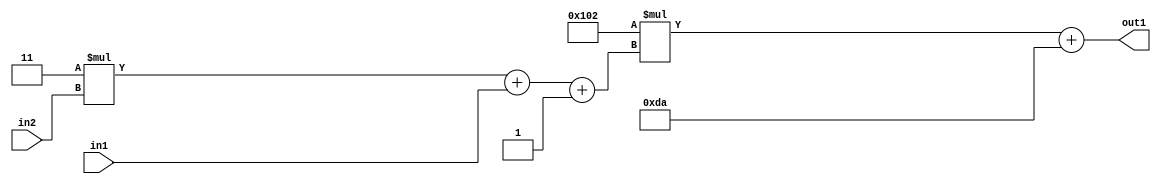
`timescale 1ps / 1ps
/*****************************************************************************
    Verilog RTL Description
    
    
    Created by: Stratus DpOpt 2019.1.01 
*******************************************************************************/

module DC_Filter_Add2i218Mul2i258Add3i1u1Mul2i3u2_1 (
	in2,
	in1,
	out1
	); /* architecture "behavioural" */ 
input [1:0] in2;
input  in1;
output [11:0] out1;
wire [11:0] asc001;
wire [3:0] asc002;

wire [3:0] asc002_tmp_0;
wire [3:0] asc002_tmp_1;
assign asc002_tmp_1 = 
	+(4'B0011 * in2);
assign asc002_tmp_0 = asc002_tmp_1
	+(in1);
assign asc002 = asc002_tmp_0
	+(4'B0001);

wire [11:0] asc001_tmp_2;
assign asc001_tmp_2 = 
	+(12'B000100000010 * asc002);
assign asc001 = asc001_tmp_2
	+(12'B000011011010);

assign out1 = asc001;
endmodule

/* CADENCE  vrP3QgA= : u9/ySgnWtBlWxVPRXgAZ4Og= ** DO NOT EDIT THIS LINE ******/